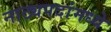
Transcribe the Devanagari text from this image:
नाट्यपदांमध्ये